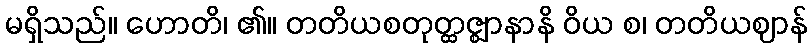
မရှိသည်။ ဟောတိ၊ ၏။ တတိယစတုတ္ထဇ္ဈာနာနိ ဝိယ စ၊ တတိယဈာန်